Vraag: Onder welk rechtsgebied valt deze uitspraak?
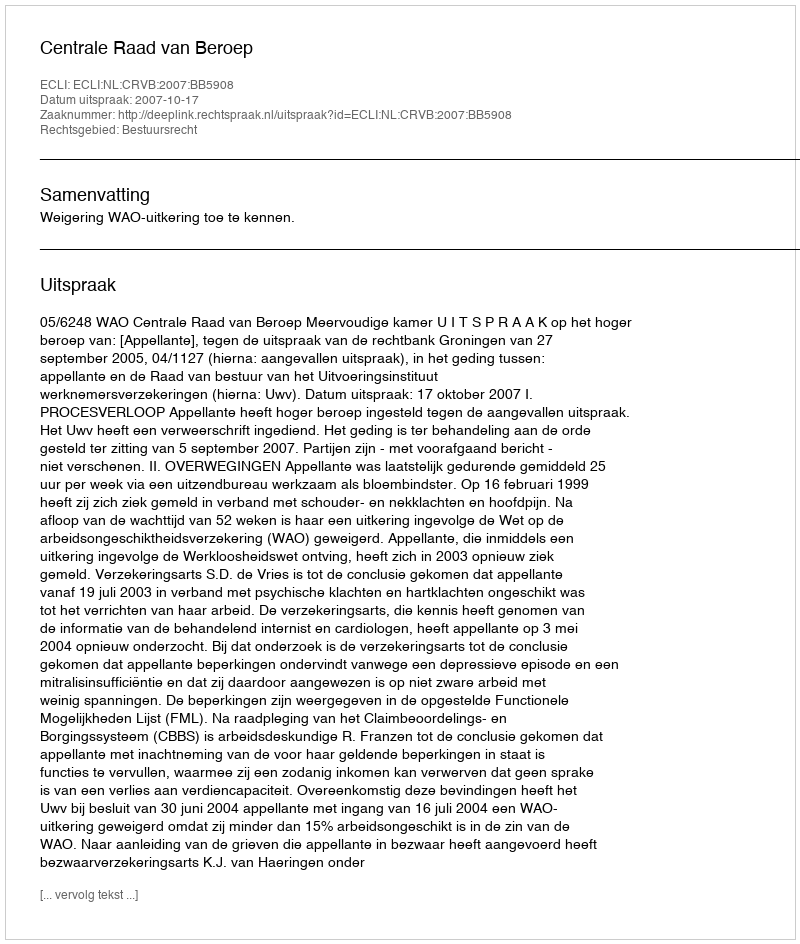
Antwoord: Bestuursrecht